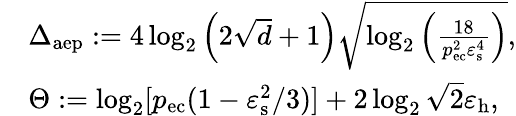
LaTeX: \begin{array}{rl}&{\Delta_{\mathrm{aep}}:=4\log_{2}\left(2\sqrt{d}+1\right)\sqrt{\log_{2}\left(\frac{18}{p_{\mathrm{ec}}^{2}\varepsilon_{\mathrm{s}}^{4}}\right)},}\\ &{\Theta:=\log_{2}[p_{\mathrm{ec}}(1-\varepsilon_{\mathrm{s}}^{2}/3)]+2\log_{2}\sqrt{2}\varepsilon_{\mathrm{h}},}\end{array}